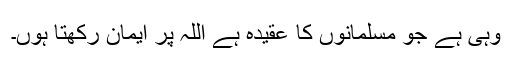
وہی ہے جو مسلمانوں کا عقیدہ ہے اللہ پر ایمان رکھتا ہوں۔